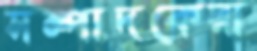
সম্পাদকেরা